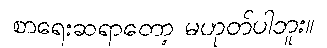
စာရေးဆရာတော့ မဟုတ်ပါဘူး။